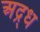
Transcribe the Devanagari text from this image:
अद्र्ध